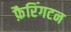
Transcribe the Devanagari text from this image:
फ़ैरिंगटन